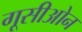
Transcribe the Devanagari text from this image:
गूसीओन